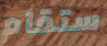
ستقام